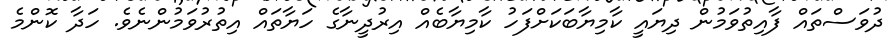
ދުވަސްތައް ފާއިތުވަމުން ދިޔައީ ކާމިޔާބަކަށްފަހު ކާމިޔާބެއް އިރުދީނާގެ ހަޔާތައް އިތުރުވަމުންނެވެ. ހަދާ ކޮންމެ